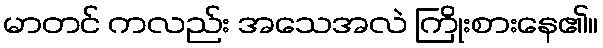
မာတင် ကလည်း အသေအလဲ ကြိုးစားနေ၏။